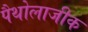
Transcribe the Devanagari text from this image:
पैथोलाजीक